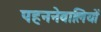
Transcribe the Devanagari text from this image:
पहननेवालियों